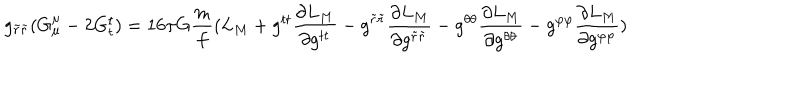
g _ { \tilde { r } \tilde { r } } ( G _ { \mu } ^ { \mu } - 2 G _ { t } ^ { t } ) = 1 6 \pi G \frac { m } { f } ( L _ { M } + g ^ { t t } \frac { \partial L _ { M } } { \partial g ^ { t t } } - g ^ { \tilde { r } \tilde { r } } \frac { \partial L _ { M } } { \partial g ^ { \tilde { r } \tilde { r } } } - g ^ { \theta \theta } \frac { \partial L _ { M } } { \partial g ^ { \theta \theta } } - g ^ { \varphi \varphi } \frac { \partial L _ { M } } { \partial g ^ { \varphi \varphi } } )